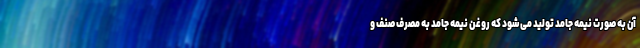
آن به صورت نیمه جامد تولید می‌‌شود که روغن نیمه جامد به مصرف صنف و